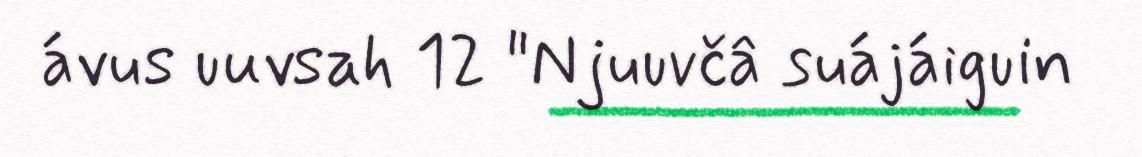
ávus uuvsah 12 "Njuuvčâ suájáiguin